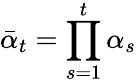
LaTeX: \bar{\alpha}_{t}=\prod_{s=1}^{t}\alpha_{s}